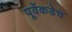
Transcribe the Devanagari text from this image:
पूर्वेकडेच